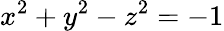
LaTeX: x^{2}+y^{2}-z^{2}=-1